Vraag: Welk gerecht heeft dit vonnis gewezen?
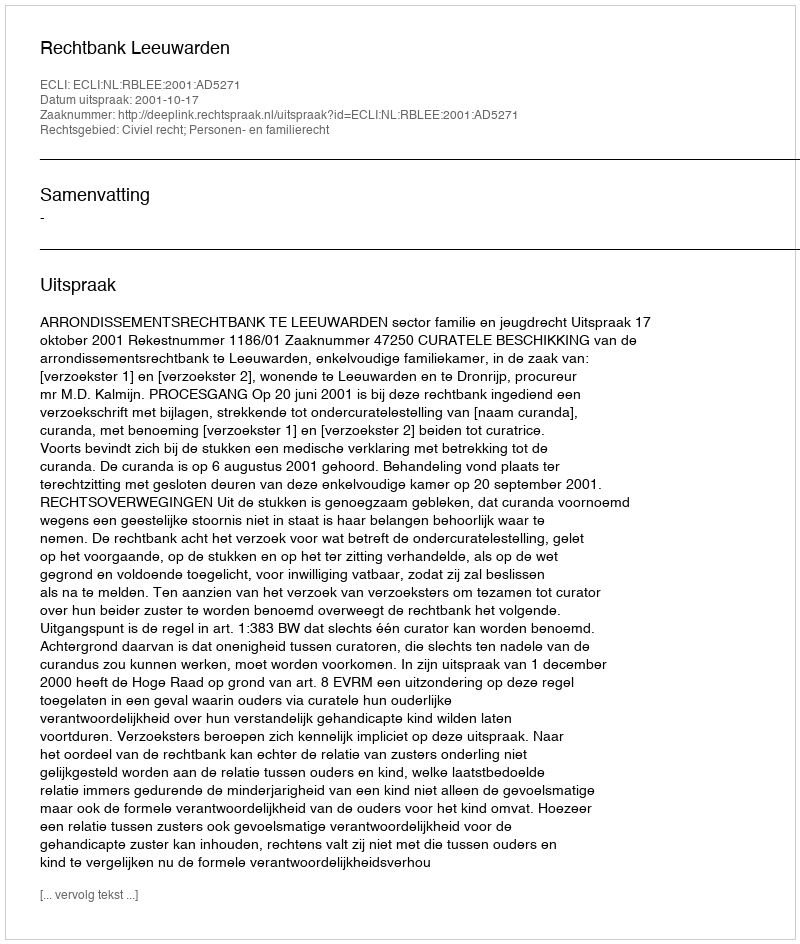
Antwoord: Rechtbank Leeuwarden